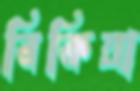
বিকিয়া